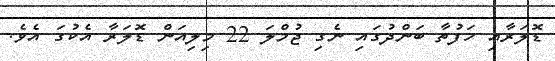
ޑޮލަރާއި ހަފުތާ ބަންދުގައި ނެގި ޖުމްލަ 22 މިލިއަން ޑޮލަރާ އެކުގަ އެވެ.